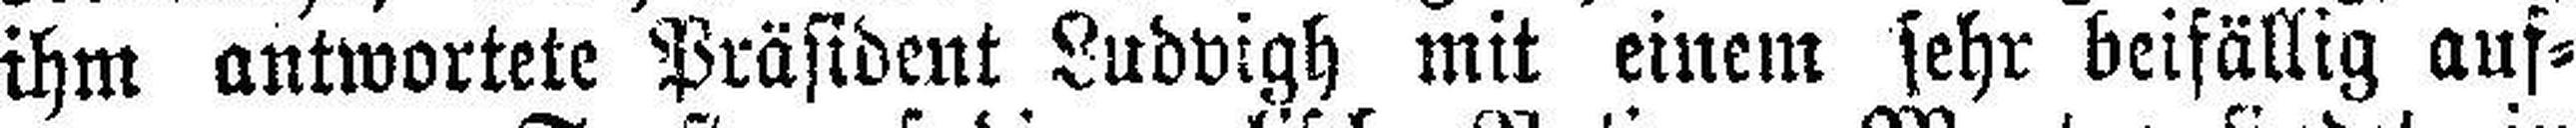
ihm antwortete Präsident Ludvigh mit einem sehr beifällig auf¬